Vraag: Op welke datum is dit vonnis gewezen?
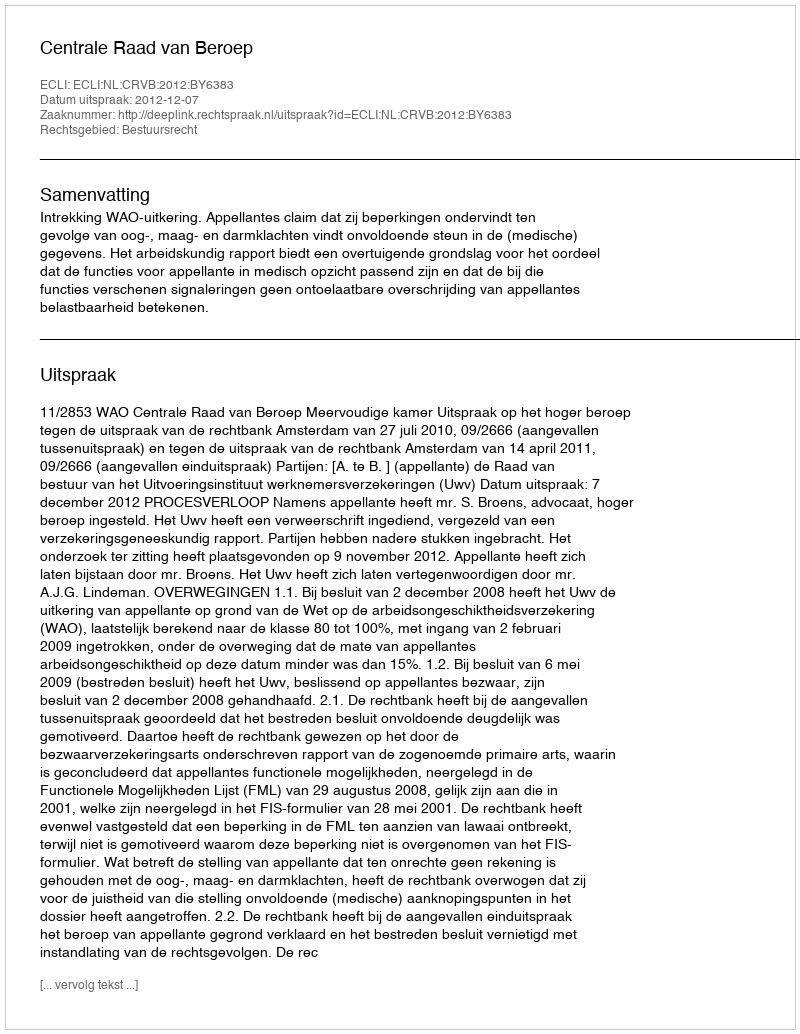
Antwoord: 2012-12-07